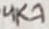
Text: 4K7